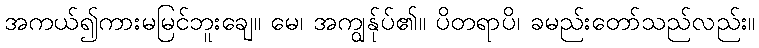
အကယ်၍ကားမမြင်ဘူးချေ။ မေ၊ အကျွန်ုပ်၏။ ပိတရာပိ၊ ခမည်းတော်သည်လည်း။